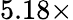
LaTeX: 5.18\times